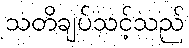
သတိချပ်သင့်သည်